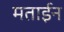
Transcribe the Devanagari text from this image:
मताईन